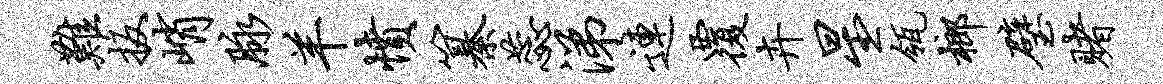
难扳峭脉羊愤纂蕊涕连覆卉星瓴榔璧赌